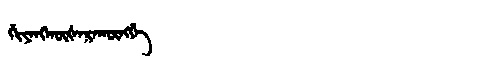
Manchu: ᡤᡳᠶᠠᠩᡴᡡᡧᠠᡵᠠᡴᡡᠩᡤᡝ
Romanization: GIYANGKŪŠARAKŪNGGE